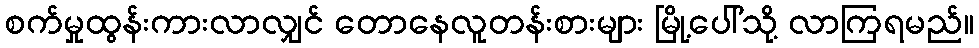
စက်မှုထွန်းကားလာလျှင် တောနေလူတန်းစားများ မြို့ပေါ်သို့ လာကြရမည်။